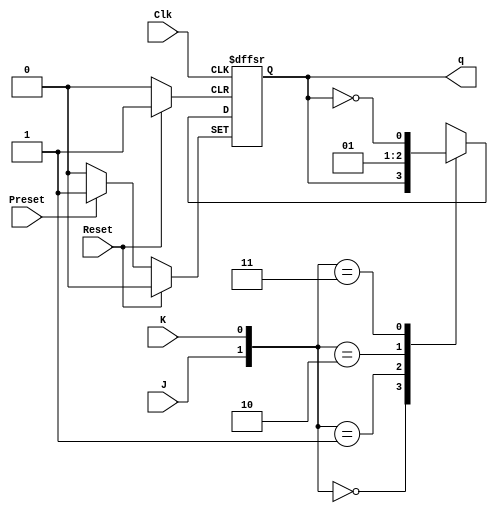
//Implementao de um flip-flop do tipo JK

module flipflopJK(J, K, Reset, Preset, Clk, q);

input J, K, Reset, Preset, Clk;
output reg q;

always @(posedge Clk or posedge Preset or posedge Reset)
begin
	//Implementa o reset
	if(Reset)begin
		q <= 0;
	//Implementa o preset
	end else if(Preset)begin
		q <= 1;
	end
	else case({J, K})
		2'b00:q <= q;
		2'b01:q <= 0;
		2'b10:q <= 1;
		2'b11:q <= ~q;
	endcase
end

endmodule